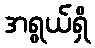
အရွယ်ရှိ